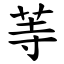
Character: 䓁